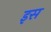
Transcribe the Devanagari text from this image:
इस